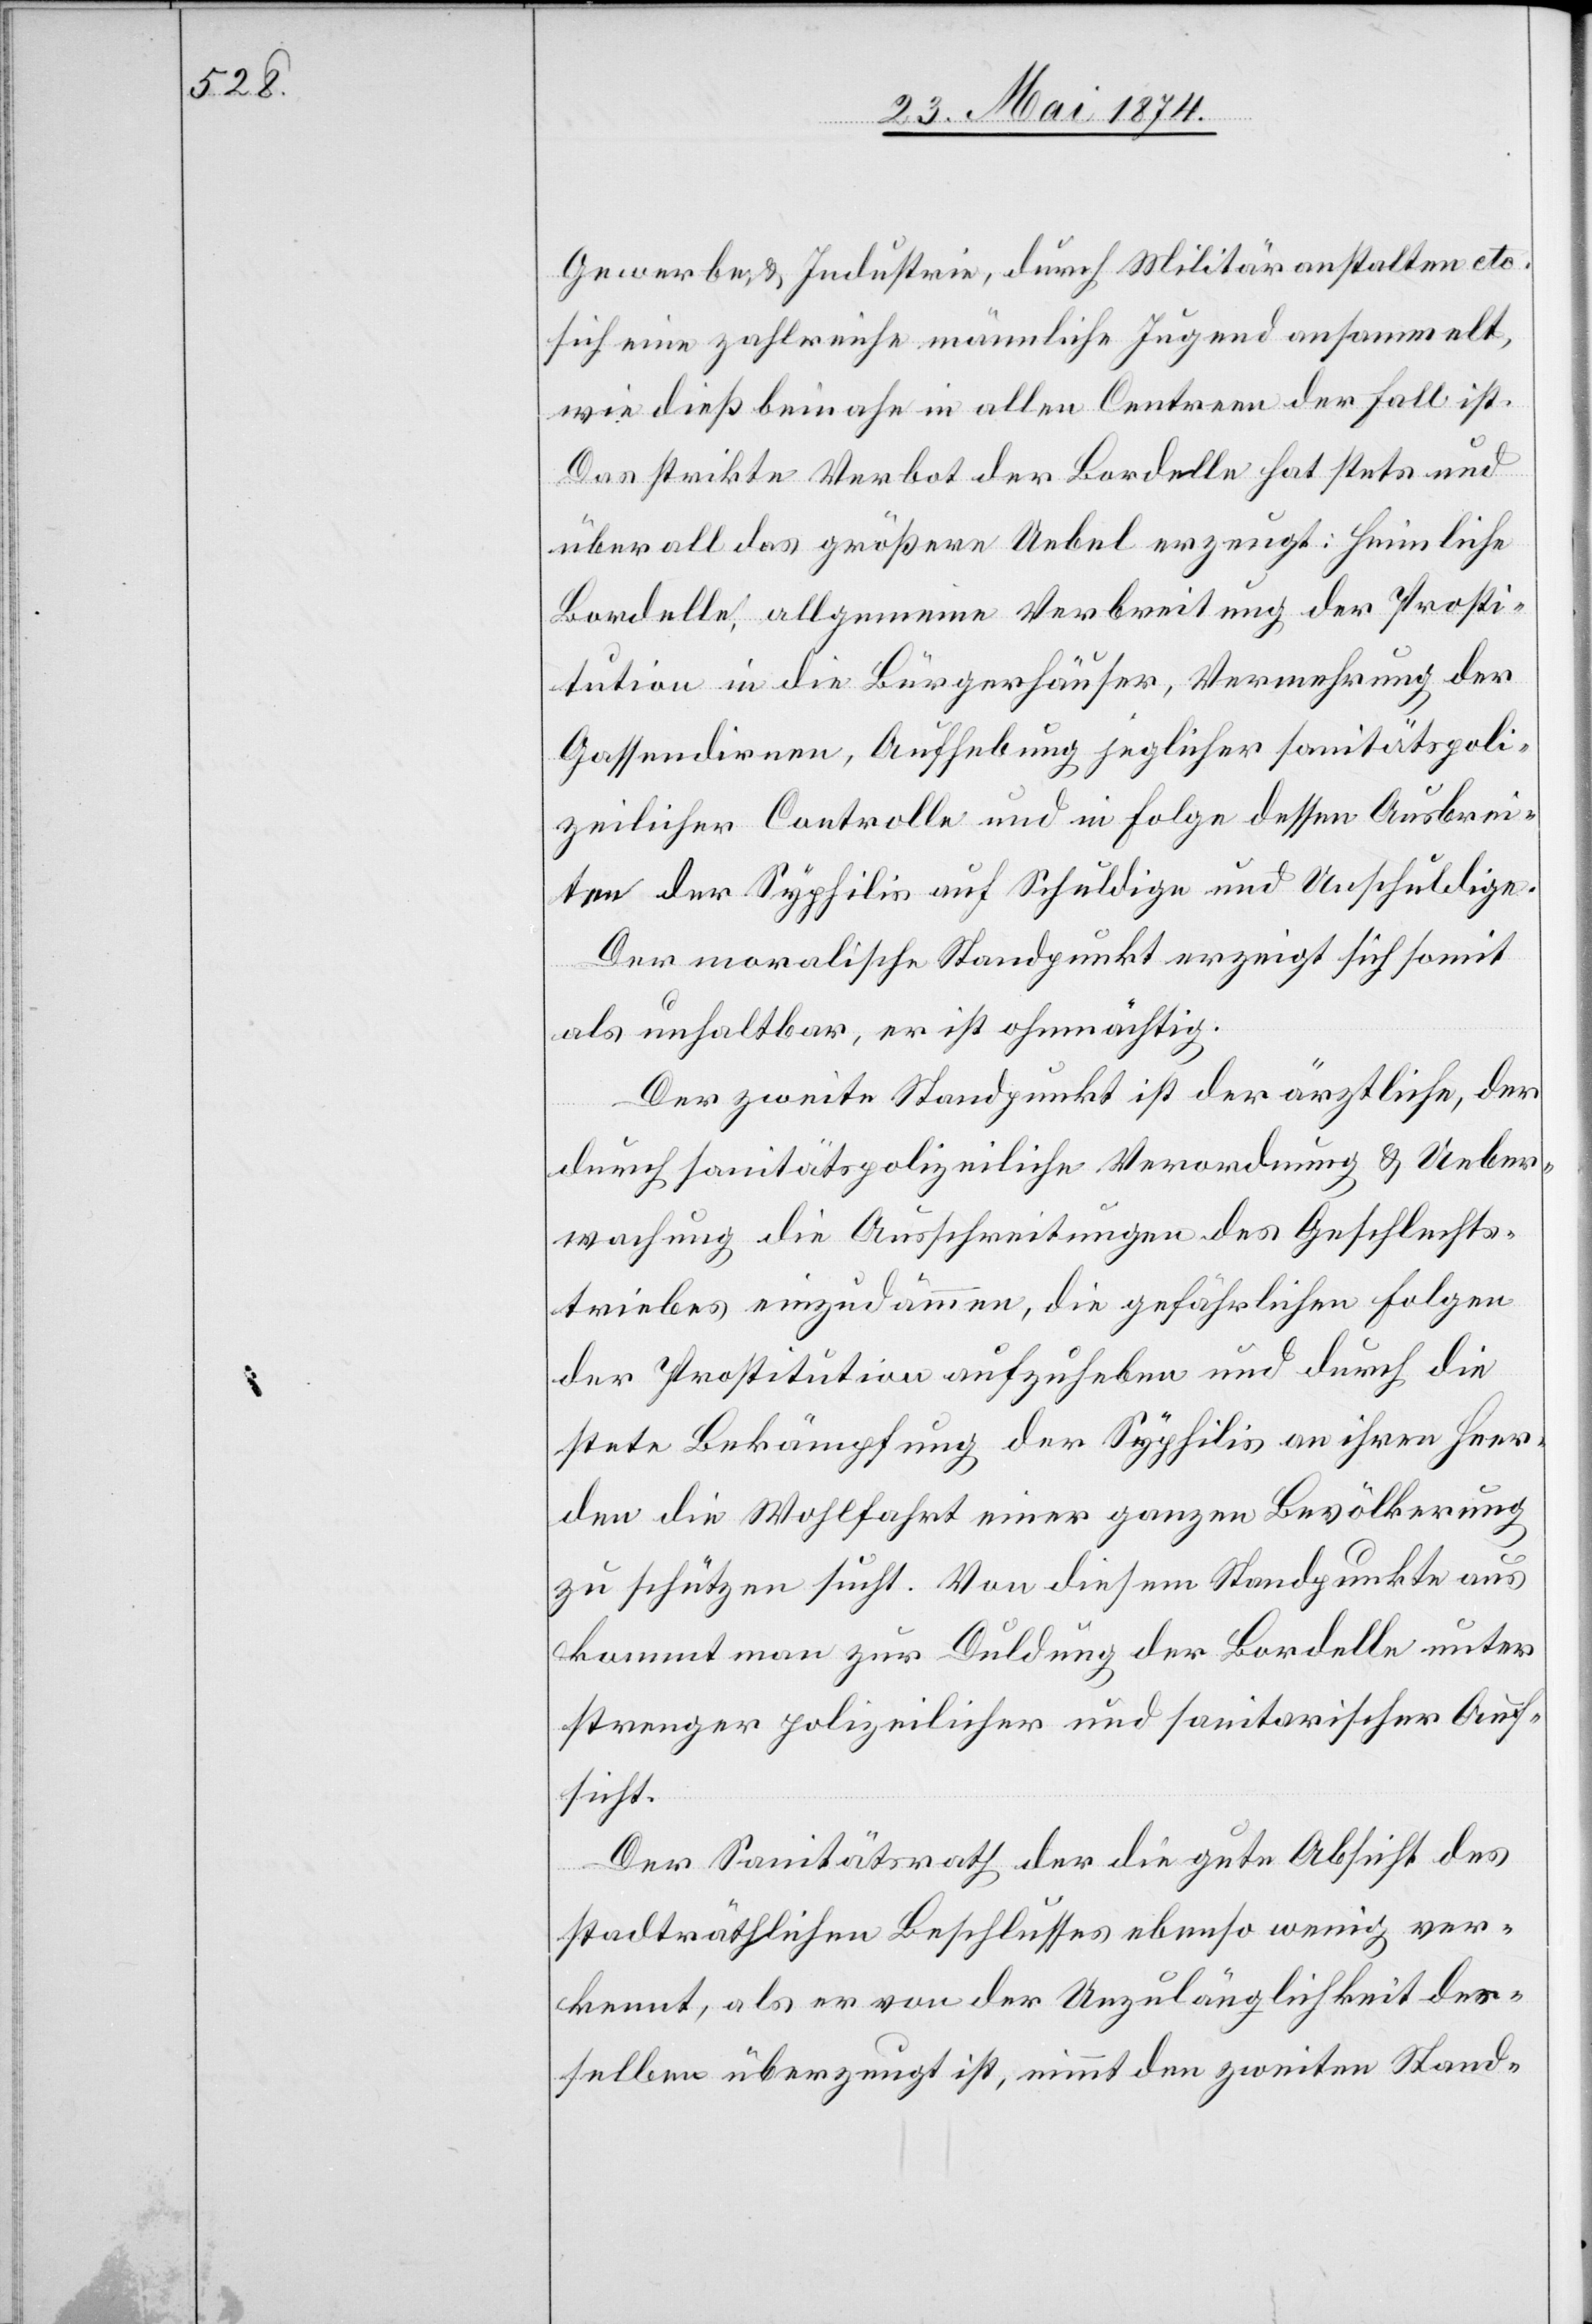
Gewerbe u. Industrie, durch Militäranstalten etc.
sich eine zahlreiche männliche Jugend ansammelt,
wie dieß beinahe in allen Centren der Fall ist.
Das strikte Verbot der Bordelle hat stets und
überall das größere Uebel erzeugt: Heimliche
Bordelle, allgemeine Verbreitung der Prosti¬
tution in die Bürgerhäuser, Vermehrung der
Gassendirnen, Aufhebung jeglicher sanitätspoli¬
zeilicher Controlle und in Folge dessen Ausbrei¬
ten der Syphilis auf Schuldige und Unschuldige.
Der moralische Standpunkt erzeigt sich somit
als unhaltbar, er ist ohnmächtig.
Der zweite Standpunkt ist der ärztliche, der
durch sanitätspolizeiliche Verordnung u. Ueber¬
wachung die Ausschreitungen des Geschlechts¬
triebes einzudämmen, die gefährlichen Folgen
der Prostitution aufzuheben und durch die
stete Bekämpfung der Syphilis an ihren Heer¬
den die Wohlfahrt einer ganzen Bevölkerung
zu schützen sucht. Von diesem Standpunkte aus
kommt man zur Duldung der Bordelle unter
strenger polizeilicher und sanitarischer Auf¬
sicht.
Der Sanitätsrath der die gute Absicht des
stadträthlichen Beschlusses ebenso wenig ver¬
kennt, als er von der Unzulänglichkeit des¬
selben überzeugt ist, nimmt den zweiten Stand-